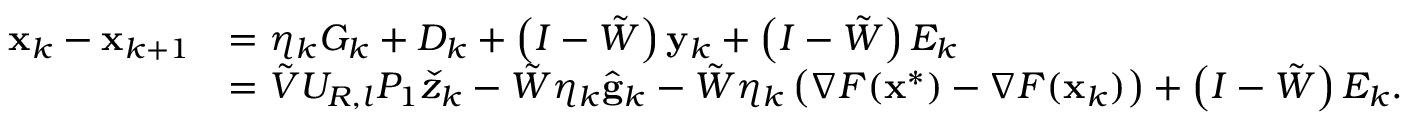
\begin{array} { r l } { \mathbf { x } _ { k } - \mathbf { x } _ { k + 1 } } & { = \eta _ { k } G _ { k } + { D } _ { k } + \left( I - \tilde { W } \right) \mathbf { y } _ { k } + \left( I - \tilde { W } \right) E _ { k } } \\ & { = \tilde { V } U _ { R , l } P _ { 1 } \check { z } _ { k } - \tilde { W } \eta _ { k } \hat { \mathbf { g } } _ { k } - \tilde { W } \eta _ { k } \left( \nabla F ( \mathbf { x } ^ { * } ) - \nabla F ( \mathbf { x } _ { k } ) \right) + \left( I - \tilde { W } \right) E _ { k } . } \end{array}